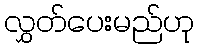
လွှတ်ပေးမည်ဟု